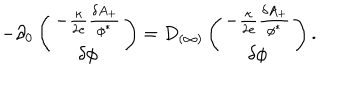
- \partial _ { 0 } \left( \begin{array} { c } { { - { \frac { \kappa } { 2 e } } { \frac { \delta A _ { + } } { \phi ^ { * } } } } } \\ { { \delta \phi } } \\ \end{array} \right) = D _ { ( \infty ) } \left( \begin{array} { c } { { - { \frac { \kappa } { 2 e } } { \frac { \delta A _ { + } } { \phi ^ { * } } } } } \\ { { \delta \phi } } \\ \end{array} \right) .